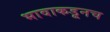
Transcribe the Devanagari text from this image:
भावाकडूनच